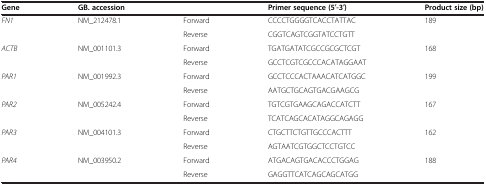
| Gene | GB. accession |  | Primer sequence (5′-3′) | Product size (bp) |
 | --- | --- | --- | --- | --- |
 | FN1 | NM_212478.1 | Forward | CCCCTGGGGTCACCTATTAC | 189 |
 |  |  | Reverse | CGGTCAGTCGGTATCCTGTT |  |
 | ACTB | NM_001101.3 | Forward | TGATGATATCGCCGCGCTCGT | 168 |
 |  |  | Reverse | GCCTCGTCGCCCACATAGGAAT |  |
 | PAR1 | NM_001992.3 | Forward | GCCTCCCACTAAACATCATGGC | 199 |
 |  |  | Reverse | AATGCTGCAGTGACGAAGCG |  |
 | PAR2 | NM_005242.4 | Forward | TGTCGTGAAGCAGACCATCTT | 167 |
 |  |  | Reverse | TCATCAGCACATAGGCAGAGG |  |
 | PAR3 | NM_004101.3 | Forward | CTGCTTCTGTTGCCCACTTT | 162 |
 |  |  | Reverse | AGTAATCGTGGCTCCTGTCC |  |
 | PAR4 | NM_003950.2 | Forward | ATGACAGTGACACCCTGGAG | 188 |
 |  |  | Reverse | GAGGTTCATCAGCAGCATGG |  |